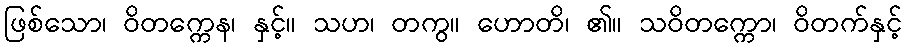
ဖြစ်သော၊ ဝိတက္ကေန၊ နှင့်။ သဟ၊ တကွ။ ဟောတိ၊ ၏။ သဝိတက္ကော၊ ဝိတက်နှင့်